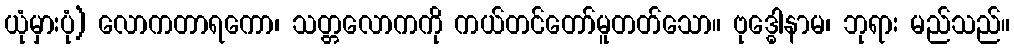
ယုံမှားပုံ) လောကတာရကော၊ သတ္တလောကကို ကယ်တင်တော်မူတတ်သော။ ဗုဒ္ဓေါနာမ၊ ဘုရား မည်သည်။